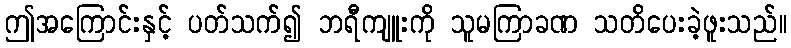
ဤအကြောင်းနှင့် ပတ်သက်၍ ဘရီကျူးကို သူမကြာခဏ သတိပေးခဲ့ဖူးသည်။